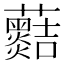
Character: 𧅡